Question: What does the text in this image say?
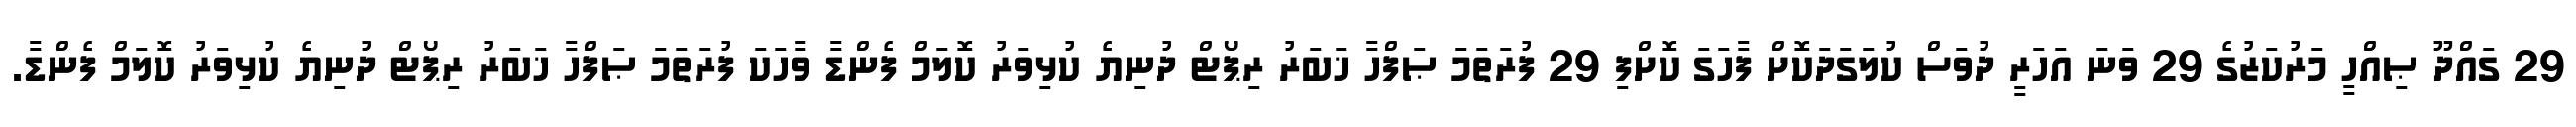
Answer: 29 ގައްދޫ ޞިއްހީ މަރުކަޒުގެ 29 ވަނަ އަހަރީ ދުވަސް ކުލަގަދަކޮށް ފާހަގަ ކޮށްފި 29 ފުރަތަމަ ޞަފްހާ ޚަބަރު ރިޕޯޓް ދުނިޔެ ކުޅިވަރު ކޮލަމް ފެންޑާ ވާހަކަ ފުރަތަމަ ޞަފްހާ ޚަބަރު ރިޕޯޓް ދުނިޔެ ކުޅިވަރު ކޮލަމް ފެންޑާ.